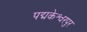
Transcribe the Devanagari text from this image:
पद्मकेश्वरपुर